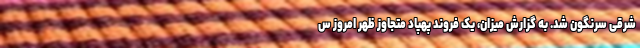
شرقی سرنگون شد. به گزارش میزان، یک فروند پهپاد متجاوز ظهر امروز س